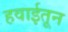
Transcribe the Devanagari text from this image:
हवाईतून